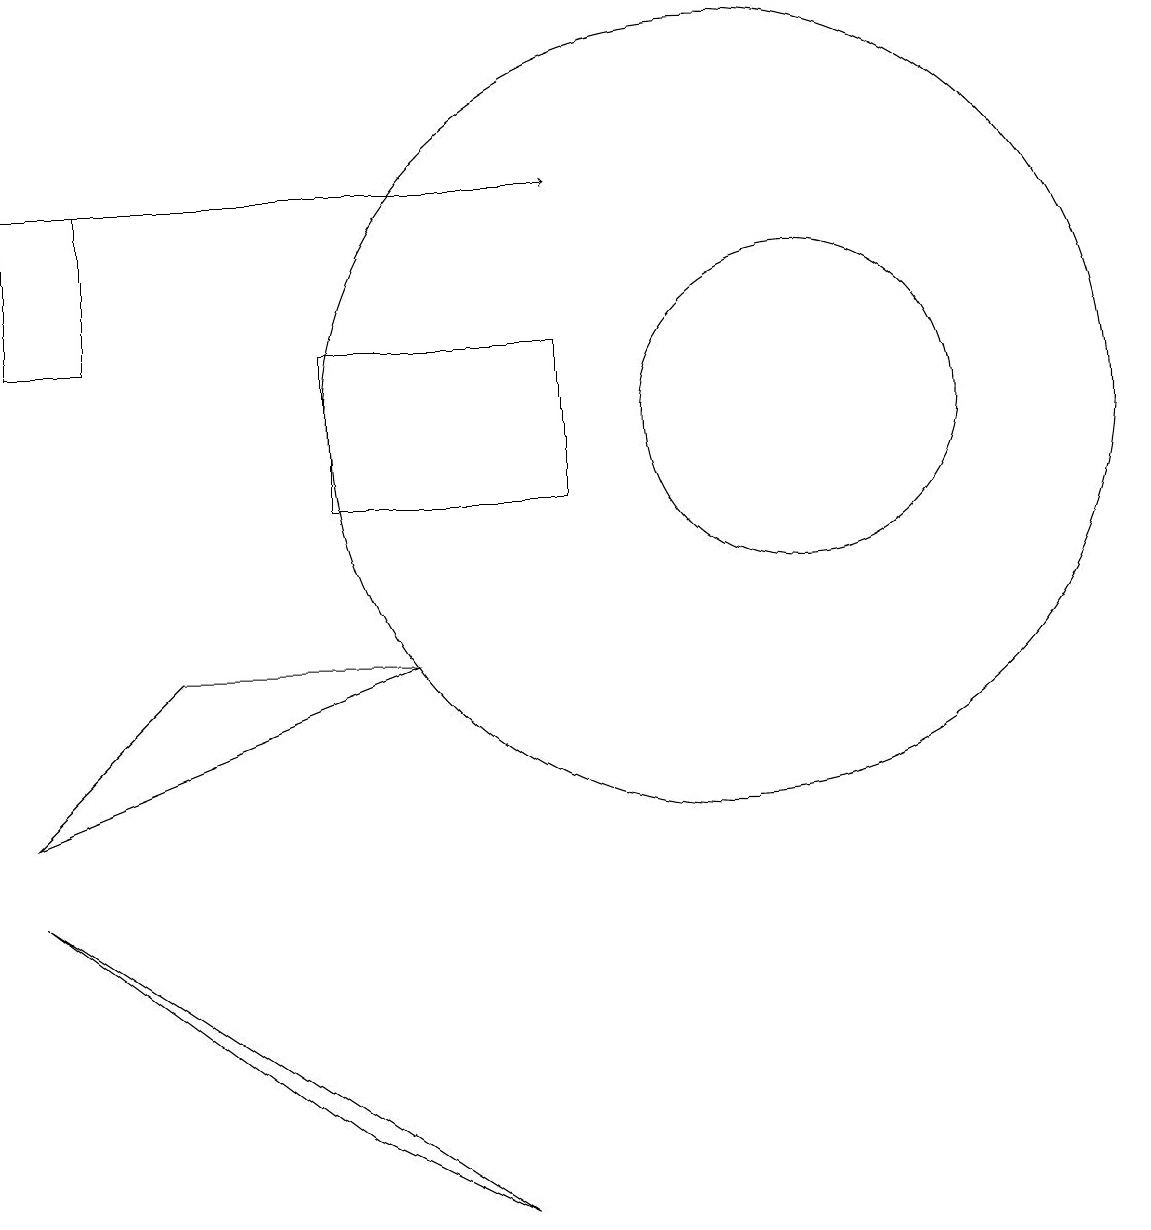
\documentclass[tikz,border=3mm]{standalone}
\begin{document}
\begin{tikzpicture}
\draw (10,11) circle (5);
\draw (5,10) rectangle (8,12);
\draw (7,1) -- (1,5) -- (5,2) -- cycle;
\draw (3,8) -- (1,6) -- (6,8) -- cycle;
\draw[->] (1,14) -- (8,14);
\draw (2,14) rectangle (1,12);
\draw (11,11) circle (2);
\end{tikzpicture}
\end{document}